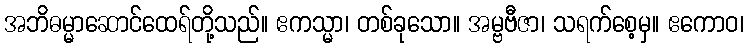
အဘိဓမ္မာဆောင်ထေရ်တို့သည်။ ဧကသ္မာ၊ တစ်ခုသော။ အမ္ဗဗီဇာ၊ သရက်စေ့မှ။ ဧကောဝ၊